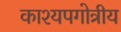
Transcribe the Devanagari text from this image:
काश्यपगोत्रीय